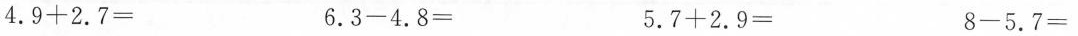
$$4.9 + 2.7 =$$ $$6.3 - 4.8 =$$ $$5.7 + 2.9 =$$ $$8 - 5.7 =$$